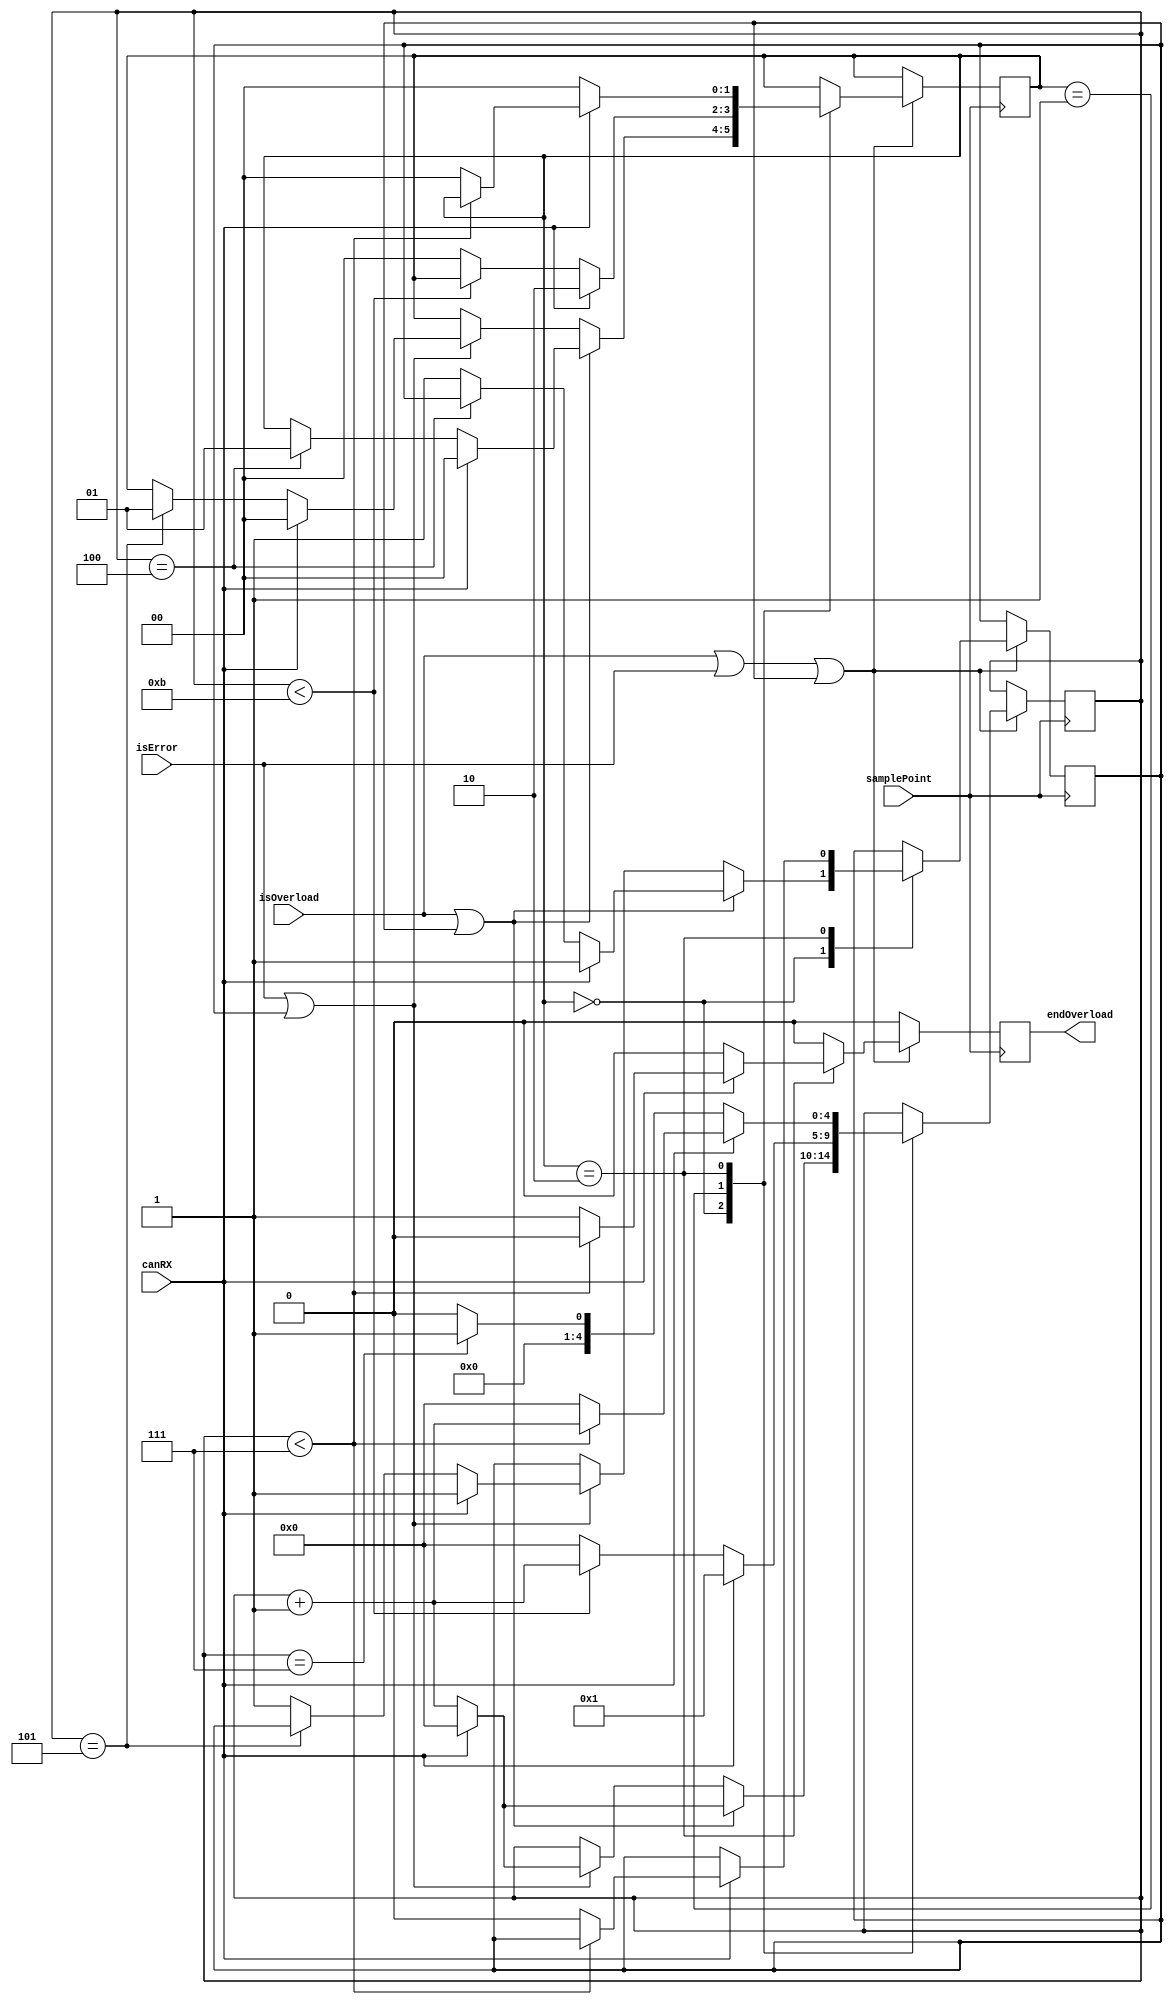
module overload (samplePoint, canRX, isOverload, isError, endOverload);

	input wire samplePoint, canRX, isOverload, isError;
	output wire endOverload;
	
	
	parameter overload_flag = 0, overload_superposition = 1, overload_delimiter = 2;
	
	reg [1:0]state = overload_flag;
	reg [4:0]count = 0;
	reg endOverload0 = 0;
	reg alredyOverError = 0;
	
	assign endOverload = endOverload0;
	
	always @ (posedge samplePoint) begin
	
		if (endOverload0) begin
			endOverload0 <= 0;
		end

		if (isOverload == 1 || isError == 1 || alredyOverError == 1) begin
			
			case (state)
				overload_flag: //seis bit, porem um ja foi contado no bloco interframe space para um frame overload
					if (isOverload == 1 || alredyOverError == 1) begin
						if (canRX == 0) begin 
							if (count == 4) begin
								state <= overload_superposition;
								count <= count + 1;
							end else begin
								alredyOverError <= 1;
								count <= count + 1;
							end
						end else if (canRX == 1) begin
							alredyOverError <= 1;
							count <= 0;
							state <= overload_flag;
						end
					end else if (isError == 1 || alredyOverError == 1) begin
						if (canRX == 0) begin 
							if (count == 5) begin
								state <= overload_superposition;
								count <= count + 1;
							end else begin
								alredyOverError <= 1;
								count <= count + 1;
							end
						end else if (canRX == 1) begin
							alredyOverError <= 1;
							count <= 0;
							state <= overload_flag;
						end
					end
				overload_superposition:
					if (canRX == 0) begin 
						if (count < 11) begin
							count <= count + 1;
						end else begin
							count <= 0;
							state <= overload_flag;
						end
					end else if (canRX == 1) begin
						state <= overload_delimiter;
						count <= 1;
					end
					
				overload_delimiter:
					if (canRX == 1) begin 
						if (count < 7) begin
							count <= count + 1;
						end else begin
							endOverload0 <= 1;
							alredyOverError <= 0;
							state <= overload_flag;
							count <= 0;
						end
					end else if (canRX == 0) begin
					
						if (count == 7) begin 
							state <= overload_flag;
							count <= 1;
						end else begin
							count <= 0;
							state <= overload_flag;
						end
					end
					
			endcase
			
		end
		
	end
endmodule